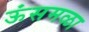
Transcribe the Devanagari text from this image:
ऊंसमळा